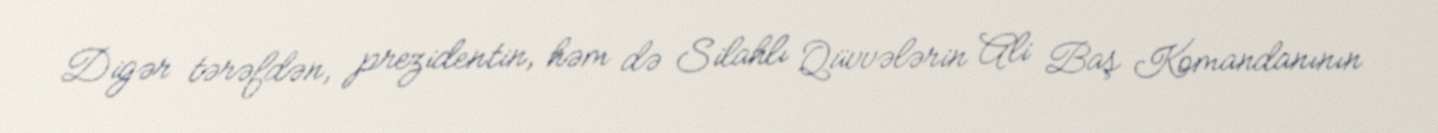
Digər tərəfdən, prezidentin, həm də Silahlı Qüvvələrin Ali Baş Komandanının